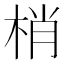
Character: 梢